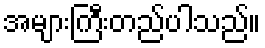
အများကြီးတည်ပါသည်။